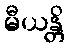
မီယန္တိ